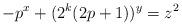
LaTeX: \begin{align*}-p^x+(2^k(2p+1))^y=z^2\end{align*}